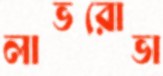
লাভরোভা